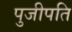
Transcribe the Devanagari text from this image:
पुजीपति